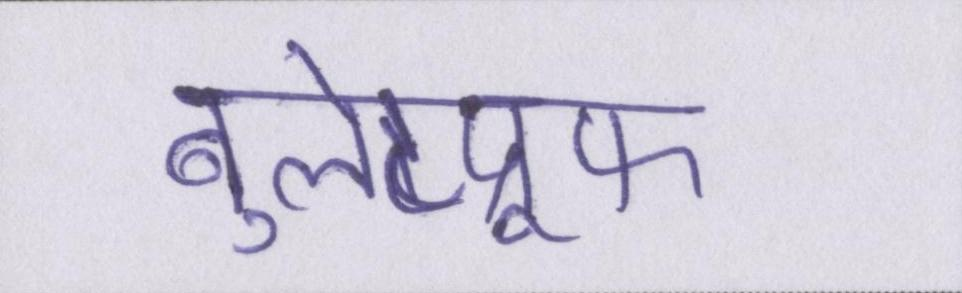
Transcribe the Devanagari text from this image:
बुलेटप्रूफ